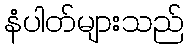
နံပါတ်များသည်